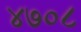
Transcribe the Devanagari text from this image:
४७०८